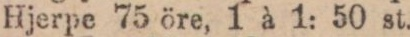
Hjerpe 75 öre, 1 à 1: 50 st.